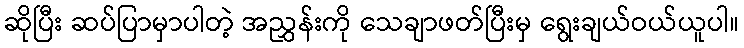
ဆိုပြီး ဆပ်ပြာမှာပါတဲ့ အညွှန်းကို သေချာဖတ်ပြီးမှ ရွေးချယ်ဝယ်ယူပါ။